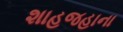
શાહજહાના